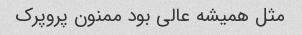
مثل همیشه عالی بود ممنون پروپرک